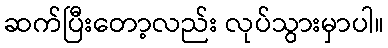
ဆက်ပြီးတော့လည်း လုပ်သွားမှာပါ။